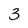
Character: 3